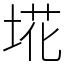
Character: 埖